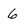
Character: 6